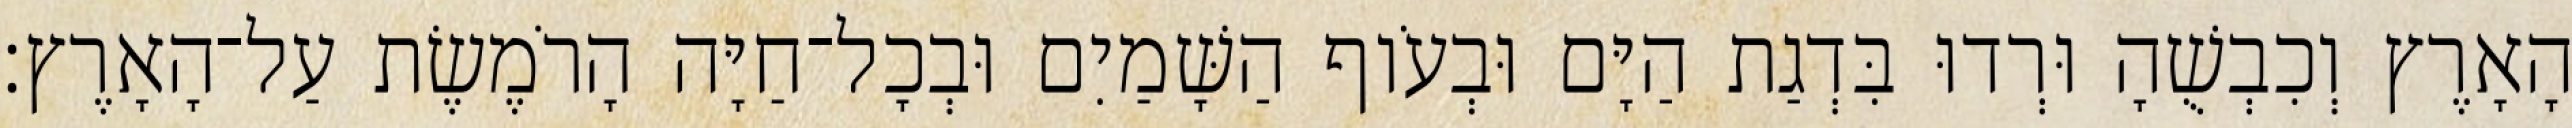
הָאָרֶץ וְכִבְשֻׁהָ וּרְדוּ בִּדְגַת הַיָּם וּבְעֹוף הַשָּׁמַיִם וּבְכָל־חַיָּה הָרֹמֶשֶׂת עַל־הָאָרֶץ׃